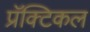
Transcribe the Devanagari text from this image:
प्रॅक्टिकल